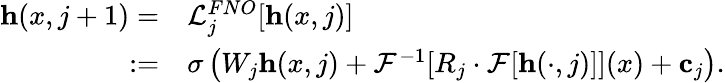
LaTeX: \begin{array}{rl}{\mathbf{h}(x,j+1)=}&{{}\mathcal{L}_{j}^{FNO}[\mathbf{h}(x,j)]}\\ {:=}&{{}\sigma\left(W_{j}\mathbf{h}(x,j)+\mathcal{F}^{-1}[R_{j}\cdot\mathcal{F}[\mathbf{h}(\cdot,j)]](x)+\mathbf{c}_{j}\right).}\end{array}